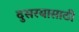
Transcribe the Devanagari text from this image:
दुसरयासाठी